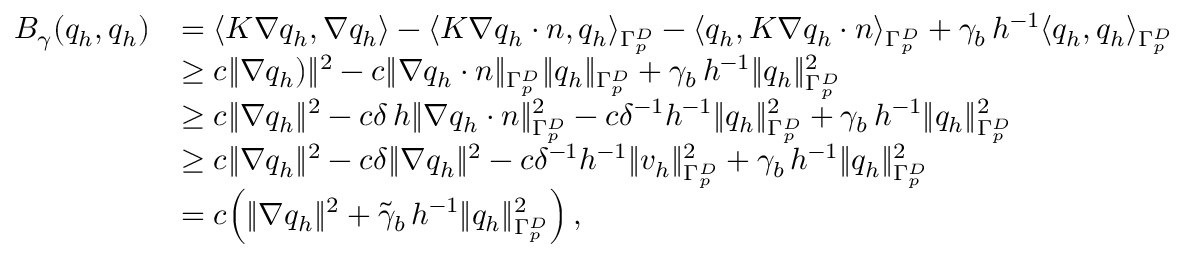
\begin{array} { r l } { B _ { \gamma } ( q _ { h } , q _ { h } ) } & { = \langle \boldsymbol K \nabla q _ { h } , \nabla q _ { h } \rangle - \langle \boldsymbol K \boldsymbol \nabla q _ { h } \cdot \boldsymbol n , q _ { h } \rangle _ { \Gamma _ { p } ^ { D } } - \langle q _ { h } , \boldsymbol K \nabla q _ { h } \cdot \boldsymbol n \rangle _ { \Gamma _ { p } ^ { D } } + \gamma _ { b } \, h ^ { - 1 } \langle q _ { h } , q _ { h } \rangle _ { \Gamma _ { p } ^ { D } } } \\ & { \geq c \| \nabla q _ { h } ) \| ^ { 2 } - c \| \nabla q _ { h } \cdot \boldsymbol n \| _ { \Gamma _ { p } ^ { D } } \| q _ { h } \| _ { \Gamma _ { p } ^ { D } } + \gamma _ { b } \, h ^ { - 1 } \| q _ { h } \| _ { \Gamma _ { p } ^ { D } } ^ { 2 } } \\ & { \geq c \| \nabla q _ { h } \| ^ { 2 } - c \delta \, h \| \nabla q _ { h } \cdot \boldsymbol n \| _ { \Gamma _ { p } ^ { D } } ^ { 2 } - c \delta ^ { - 1 } h ^ { - 1 } \| q _ { h } \| _ { \Gamma _ { p } ^ { D } } ^ { 2 } + \gamma _ { b } \, h ^ { - 1 } \| q _ { h } \| _ { \Gamma _ { p } ^ { D } } ^ { 2 } } \\ & { \geq c \| \nabla q _ { h } \| ^ { 2 } - c \delta \| \nabla q _ { h } \| ^ { 2 } - c \delta ^ { - 1 } h ^ { - 1 } \| \boldsymbol v _ { h } \| _ { \Gamma _ { p } ^ { D } } ^ { 2 } + \gamma _ { b } \, h ^ { - 1 } \| q _ { h } \| _ { \Gamma _ { p } ^ { D } } ^ { 2 } } \\ & { = c \Big ( \| \nabla q _ { h } \| ^ { 2 } + \widetilde \gamma _ { b } \, h ^ { - 1 } \| q _ { h } \| _ { \Gamma _ { p } ^ { D } } ^ { 2 } \Big ) \, , } \end{array}